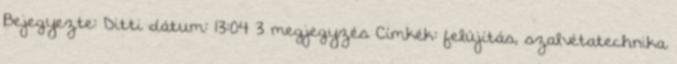
Bejegyezte: Ditti dátum: 13:04 3 megjegyzés Címkék: felújítás, szalvétatechnika